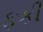
ફકી